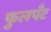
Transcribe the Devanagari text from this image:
फुलपँट